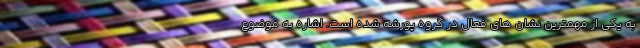
به یکی از مهمترین نشان های فعال در گروه پورشه شده است. اشاره به موضوع